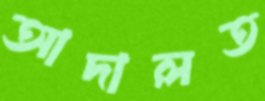
আদালত